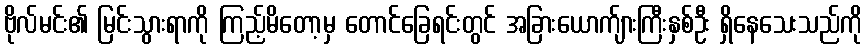
ဗိုလ်မင်း၏ မြင်းသွားရာကို ကြည့်မိတော့မှ တောင်ခြေရင်းတွင် အခြားယောက်ျားကြီးနှစ်ဦး ရှိနေသေးသည်ကို